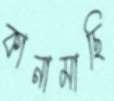
কানামাছি